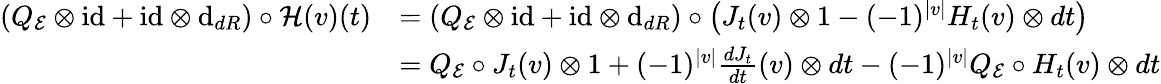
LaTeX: \begin{array}{rl}{(Q_{\mathcal{E}}\otimes\mathrm{id}+\mathrm{id}\otimes\mathrm{d}_{{dR}})\circ\mathcal{H}(v)(t)}&{=(Q_{\mathcal{E}}\otimes\mathrm{id}+\mathrm{id}\otimes\mathrm{d}_{{dR}})\circ\left(J_{t}(v)\otimes 1-(-1)^{|v|}H_{t}(v)\otimes dt\right)}\\ &{=Q_{\mathcal{E}}\circ J_{t}(v)\otimes 1+(-1)^{|v|}\frac{dJ_{t}}{dt}(v)\otimes dt-(-1)^{|v|}Q_{\mathcal{E}}\circ H_{t}(v)\otimes dt}\end{array}